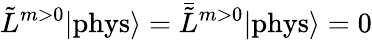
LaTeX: \tilde{L}^{m>0}|\mathrm{phys}\rangle=\bar{\tilde{L}}{}^{m>0}|\mathrm{phys}\rangle=0